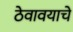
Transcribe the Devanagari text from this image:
ठेवावयाचे